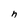
Character: n